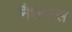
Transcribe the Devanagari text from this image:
नैश्नल्स